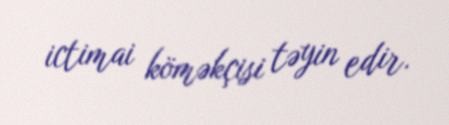
ictimai köməkçisi təyin edir.